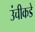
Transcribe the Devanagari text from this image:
उंचीकडे